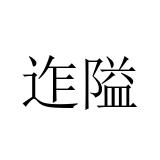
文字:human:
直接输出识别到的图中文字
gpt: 迮隘